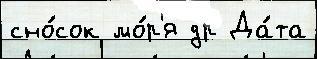
сно́сок мо́р'я др Да́та